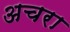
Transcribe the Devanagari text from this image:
अचरा